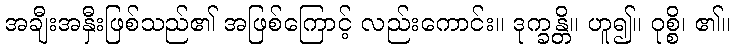
အချီးအနှီးဖြစ်သည်၏ အဖြစ်ကြောင့် လည်းကောင်း။ ဒုက္ခန္တိ။ ဟူ၍။ ဝုစ္စိ၊ ၏။